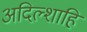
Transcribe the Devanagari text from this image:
अदिल्शाहि